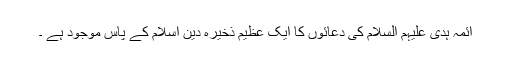
آئمہ ہدیٰ علیہم السلام کی دعائوں کا ایک عظیم ذخیرہ دین اسلام کے پاس موجود ہے ۔